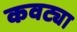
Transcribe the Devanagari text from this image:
कवट्या